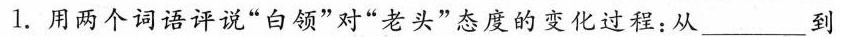
1.用两个词语评说”白领”对”老头”态度的变化过程：从___到